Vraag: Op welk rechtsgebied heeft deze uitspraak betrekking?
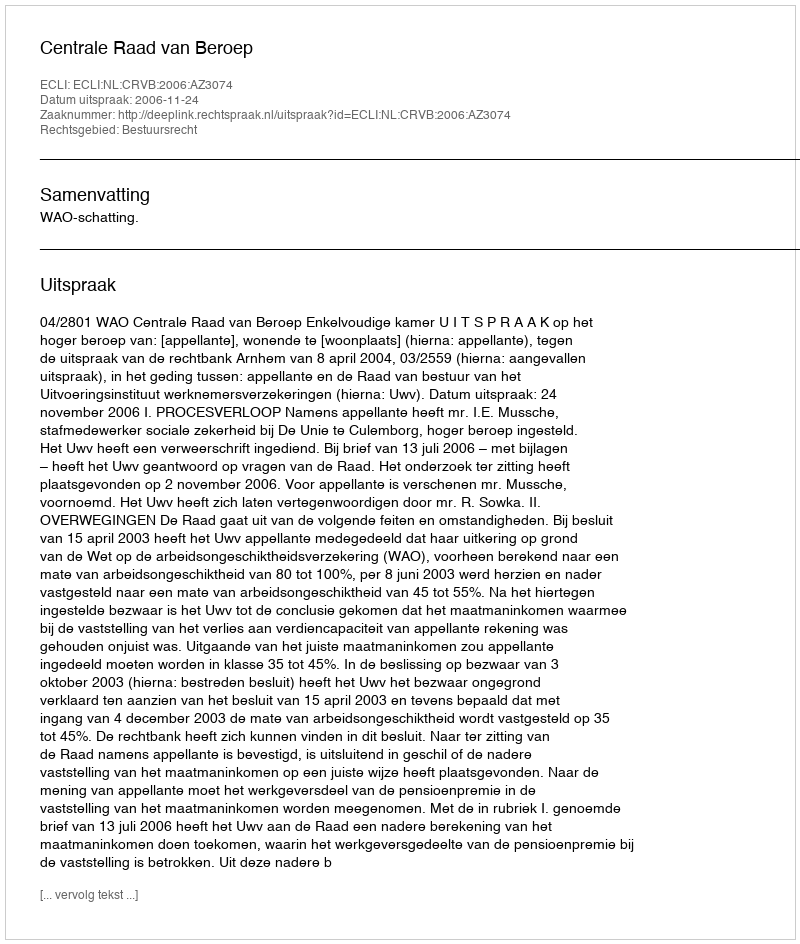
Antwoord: Bestuursrecht